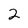
Character: 2